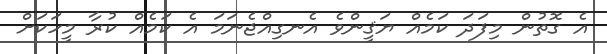
އެ ގޮތުން މިފަދަ ކަމެއް ޔަޤީންވެ އެނގިއްޖެނަމަ އެ ކަމެއް ކުރާ މީހަކަށް